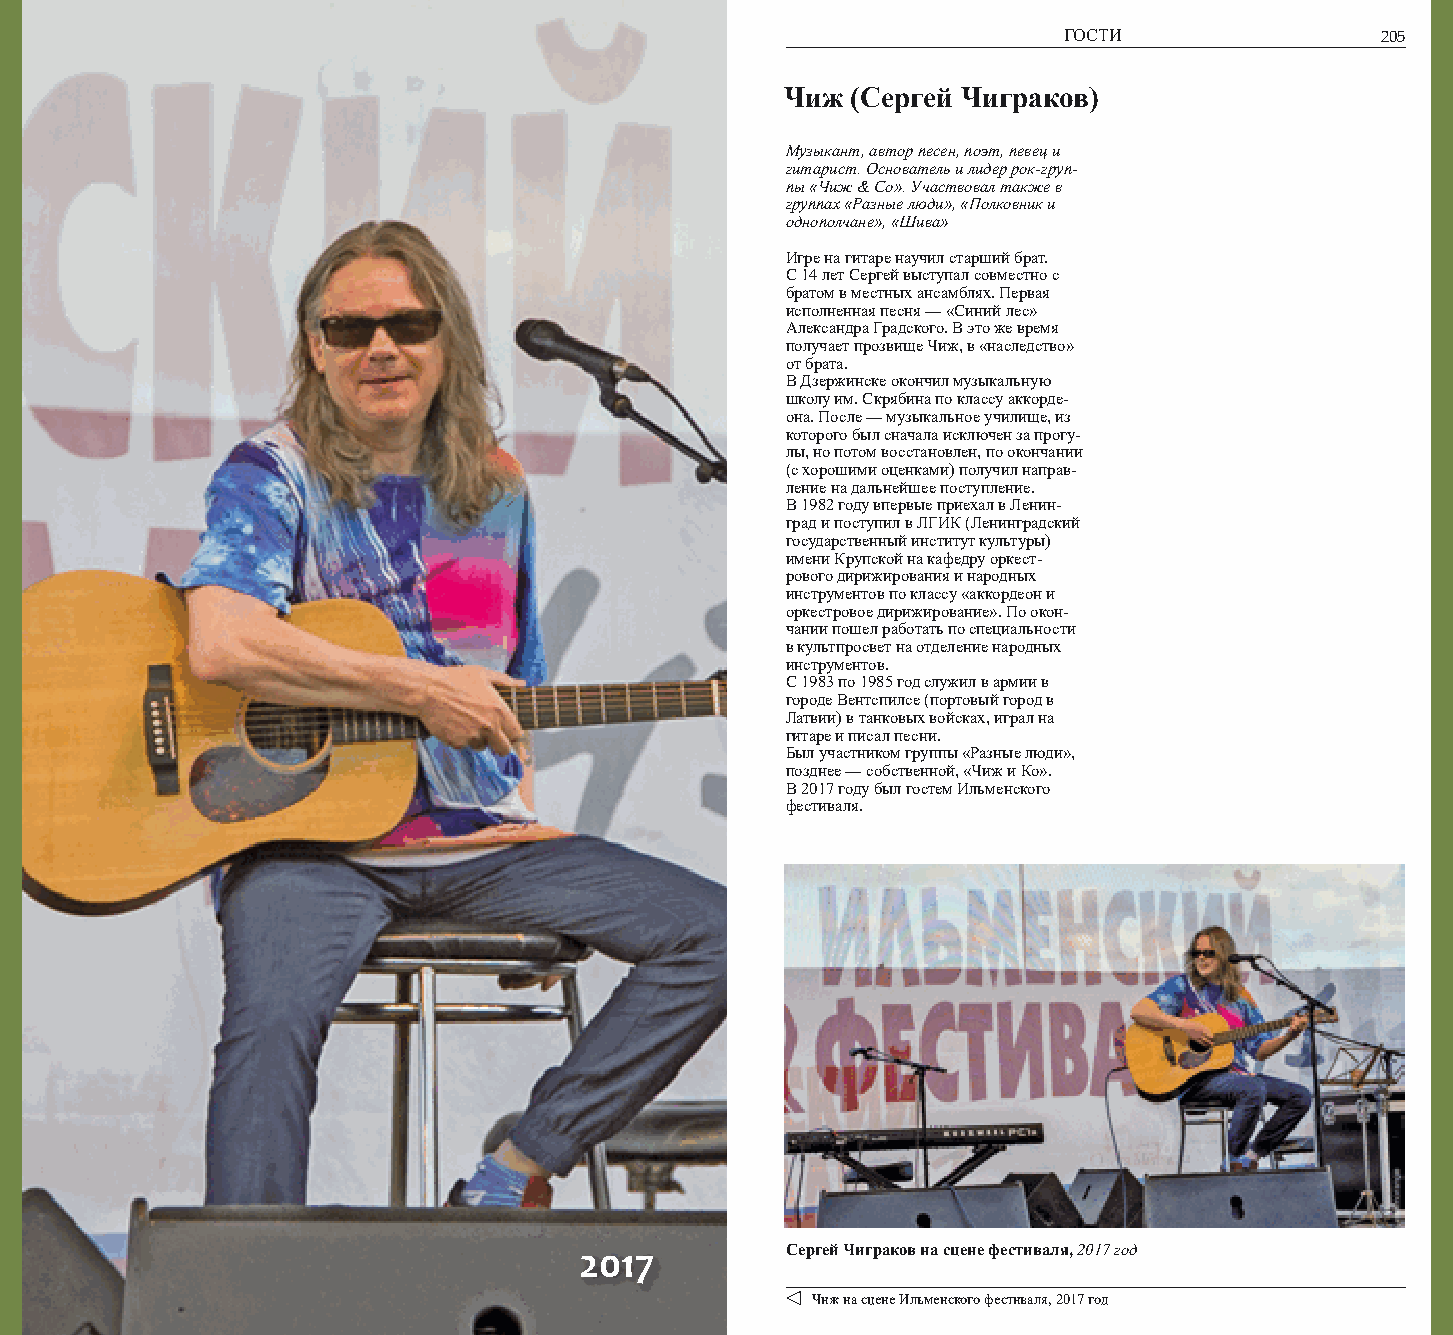
204                                                                ГОСТИ                205
 Чиж (Сергей Чиграков)
 Музыкант, автор песен, поэт, певец и
 гитарист. Основатель и лидер рок-груп-
 пы «Чиж & Co». Участвовал также в
 группах «Разные люди», «Полковник и
 однополчане», «Шива»
 Игре на гитаре научил старший брат.
 С 14 лет Сергей выступал совместно с
 братом в местных ансамблях. Первая
 исполненная песня — «Синий лес»
 Александра Градского. В это же время
 получает прозвище Чиж, в «наследство»
 от брата.
 В Дзержинске окончил музыкальную
 школу им. Скрябина по классу аккорде-
 она. После — музыкальное училище, из
 которого был сначала исключен за прогу-
 лы, но потом восстановлен, по окончании
 (с хорошими оценками) получил направ-
 ление на дальнейшее поступление.
 В 1982 году впервые приехал в Ленин-
 град и поступил в ЛГИК (Ленинградский
 государственный институт культуры)
 имени Крупской на кафедру оркест-
 рового дирижирования и народных
 инструментов по классу «аккордеон и
 оркестровое дирижирование». По окон-
 чании пошел работать по специальности
 в культпросвет на отделение народных
 инструментов.
 С 1983 по 1985 год служил в армии в
 городе Вентспилсе (портовый город в
 Латвии) в танковых войсках, играл на
 гитаре и писал песни.
 Был участником группы «Разные люди»,
 позднее — собственной, «Чиж и Ко».
 В 2017 году был гостем Ильменского
 фестиваля.
 2017          Сергей Чиграков на сцене фестиваля, 2017 год
 Чиж на сцене Ильменского фестиваля, 2017 год